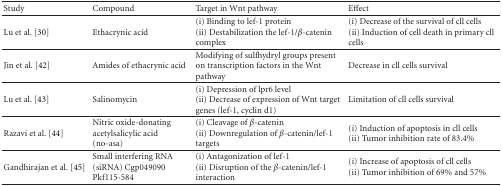
| Study | Compound | Target in Wnt pathway | Effect |
 | --- | --- | --- | --- |
 | Lu et al. [30] | Ethacrynic acid | (i) Binding to lef-1 protein (ii) Destabilization the lef-1/β-catenin complex | (i) Decrease of the survival of cll cells(ii) Induction of cell death in primary cll cells |
 | Jin et al. [42] | Amides of ethacrynic acid | Modifying of sulfhydryl groups present on transcription factors in the Wnt pathway | Decrease in cll cells survival |
 | Lu et al. [43] | Salinomycin | (i) Depression of lpr6 level (ii) Decrease of expression of Wnt target genes (lef-1, cyclin d1) | Limitation of cll cells survival |
 | Razavi et al. [44] | Nitric oxide-donating acetylsalicylic acid (no-asa) | (i) Cleavage of β-catenin (ii) Downregulation of β-catenin/lef-1 targets | (i) Induction of apoptosis in cll cells(ii) Tumor inhibition rate of 83.4% |
 | Gandhirajan et al. [45] | Small interfering RNA (siRNA) Cgp049090 Pkf115-584 | (i) Antagonization of lef-1 (ii) Disruption of the β-catenin/lef-1 interaction | (i) Increase of apoptosis of cll cells (ii) Tumor inhibition of 69% and 57% |